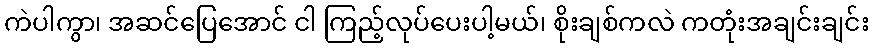
ကဲပါကွာ၊ အဆင်ပြေအောင် ငါ ကြည့်လုပ်ပေးပါ့မယ်၊ စိုးချစ်ကလဲ ကတုံးအချင်းချင်း